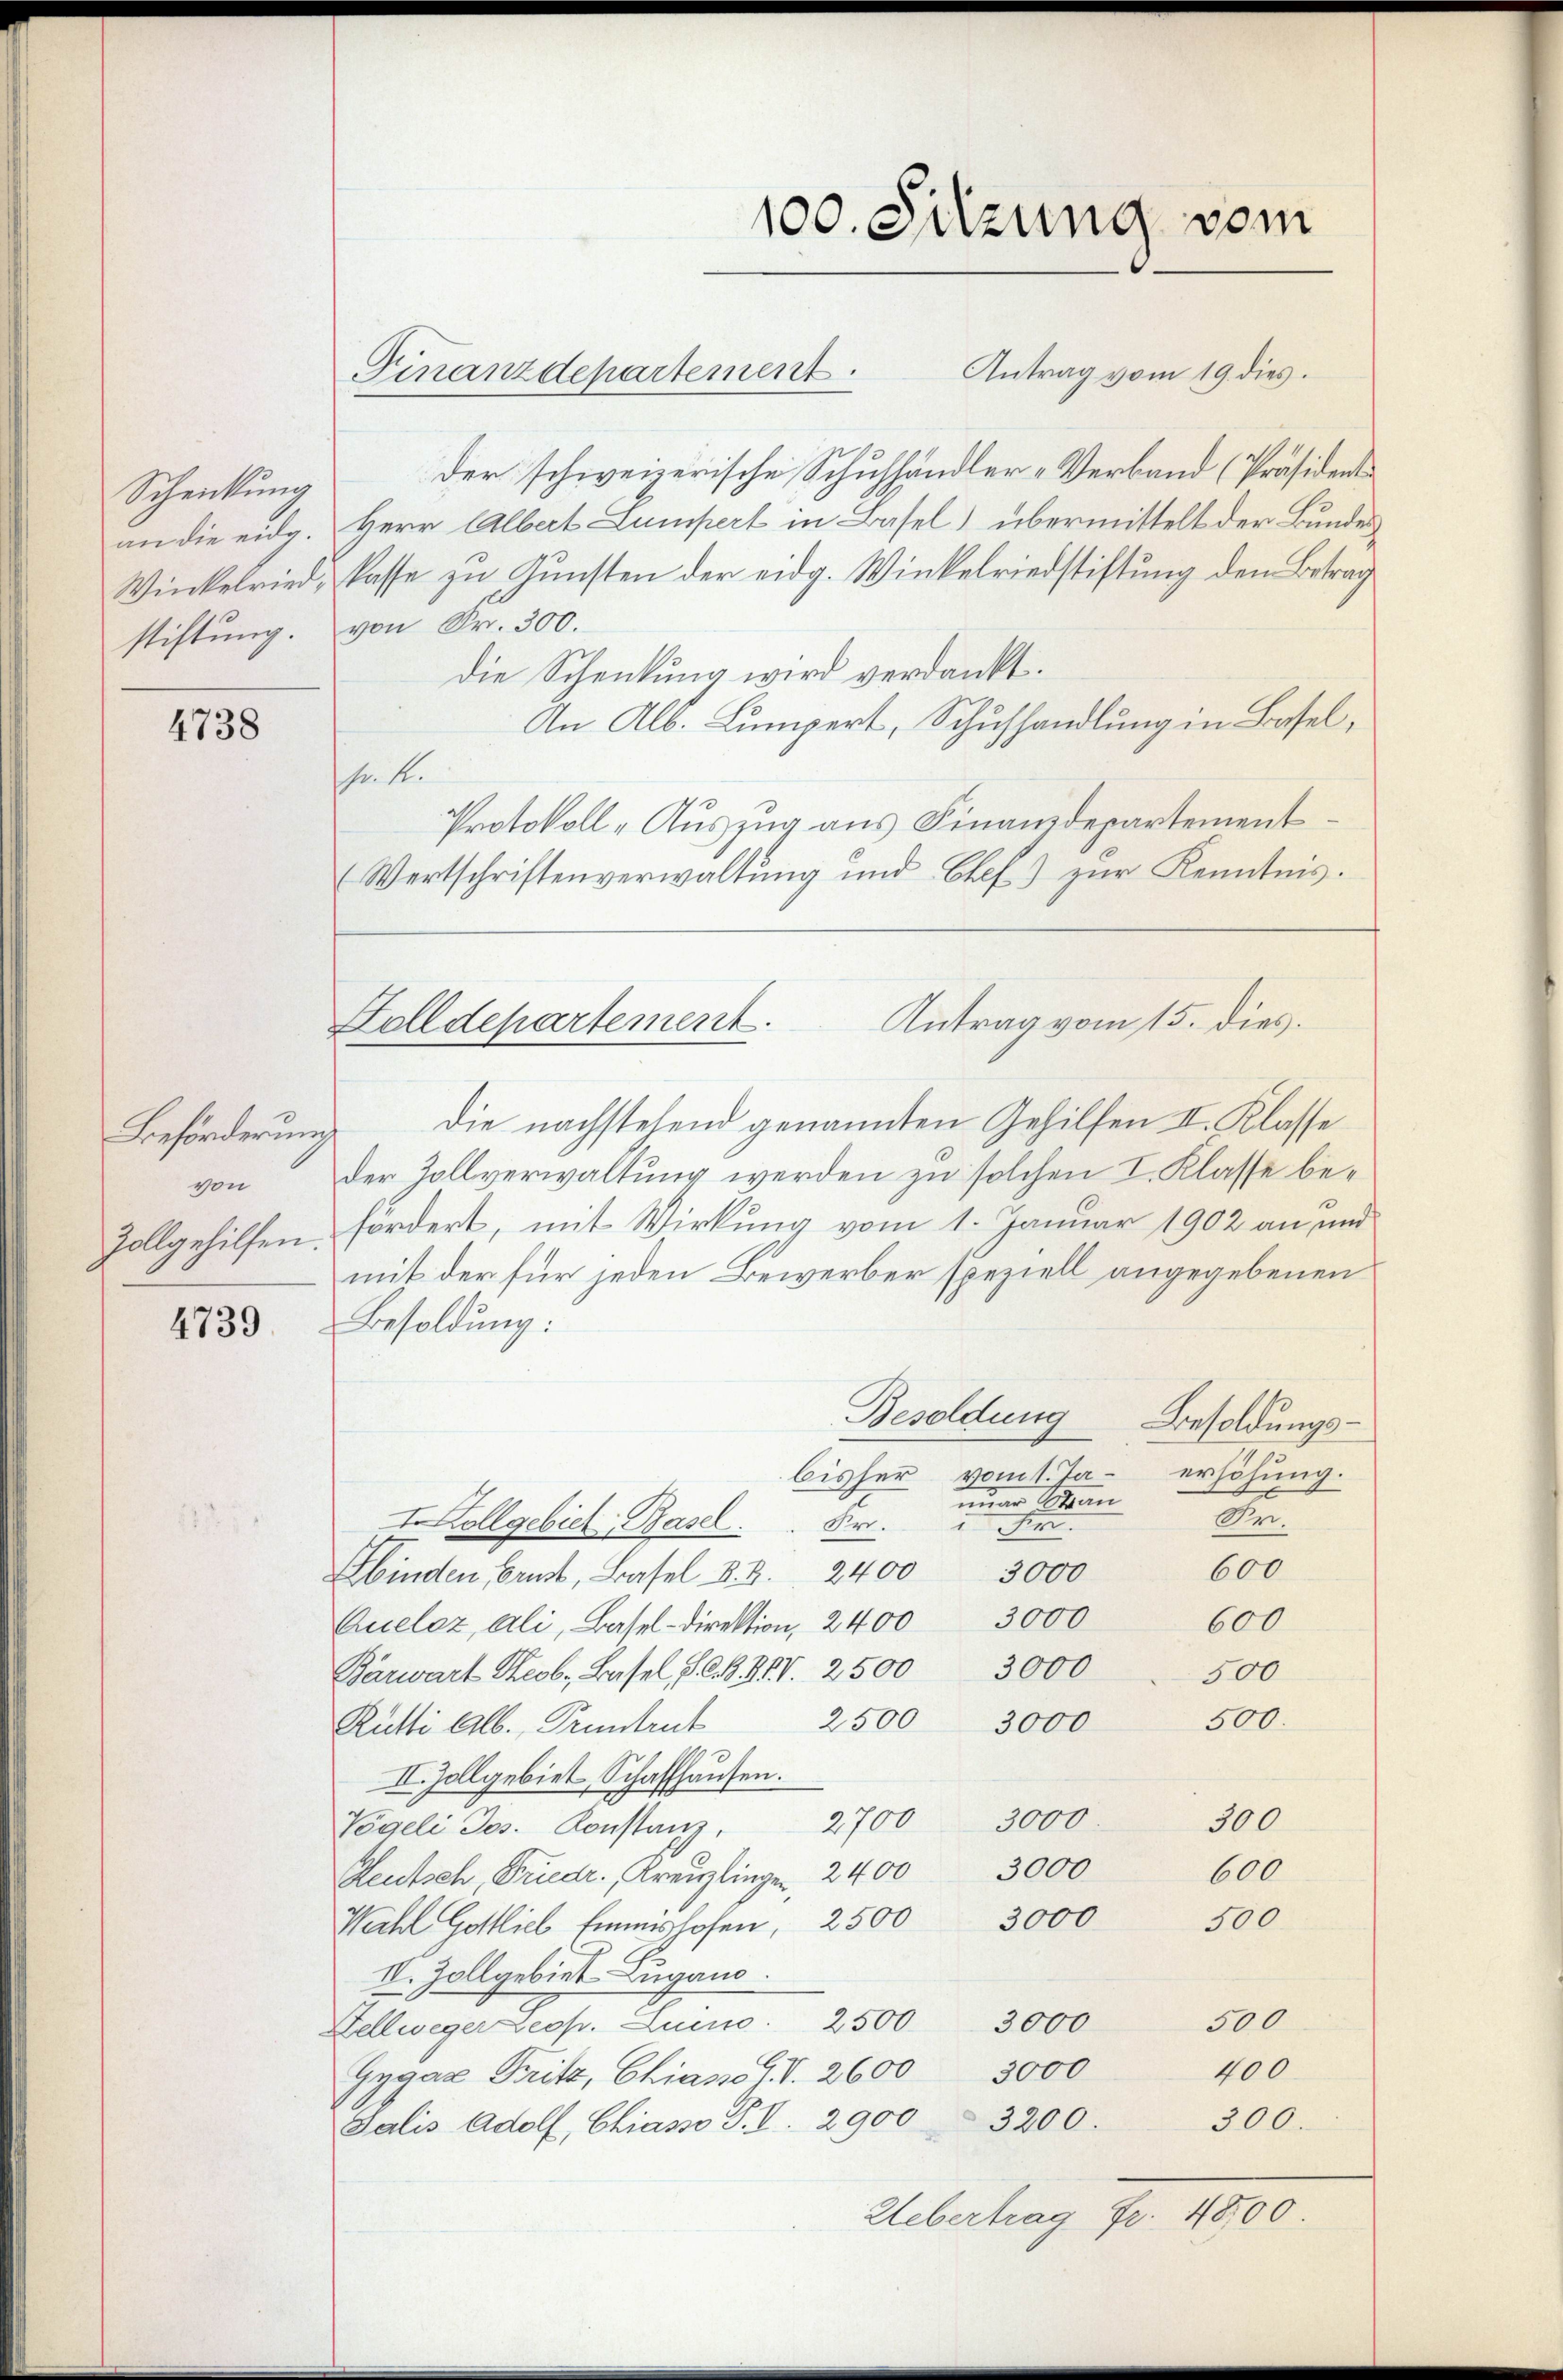
Schenkung

4738

Beförderung
von
Zollgehilfen.

4739

100. Sitzung vom
Antrag vom 19. dies
Finanzdepartement.

der schweizerische Schuhhändler-Verband (Präsidentan die eidg. Herr Albert Lumpert in Basel) übermittelt der Bundes¬
Winkelried, kasse zu Gunsten der eidg. Winkelriedstiftung dem Betrag
stiftung von Fr. 300.
die Schenkung wird verdankt.
An Alb. Lumpert, Schuhhandlung in Basel,
hek.
Protokoll-Auszug aus Finanzdepartement
(Wertschriftenverwaltung und Chef) zur Kenntnis.

Antrag vom 15. dies
Zolldepartement.

Die nachstehend genannten Gehilfen II. Klasse
der Zollverwaltung werden zu solchen I. Klasse befördert, mit Wirkung vom 1. Januar 1902 an und
mit der für jeden Bewerber speziell angegebenen
Besoldung:
Besoldung
Besoldungsbisher vom 1. Ja- erhöhung.
 Wan
Dr.
IVollgebiet Basel.
Sr.
mans
600
3000
Ebinden Brust, Basel u. B. 2400
600
Queloz, ali, Basel-Direktion, 2400 3000
Barwart Theob. Basel, P. C. B. IV 2500 3000
500
500.
2500 3000
Rütti Alb. Pruntrut
II. Zollgebiet Schaffhausen.
2700 3000.
300
Vögeli Jos. Konstanz,
3000
600
Deutsch, Friedr. Kreuzlingen, 2400
Wahl Gelieb seinshofen, 2500 3000 500
IV. Zollgebiet Lugano.
500
Zellweger Leop. Luino. 2500 3000
400
3000
Gygaz Fritz, Chiass IV. 2600
300.
Salis Adolf, Chiasso P. V. 2900-3200.
Uebertrag fr. 4800.